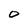
Character: O